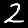
Digit: 2